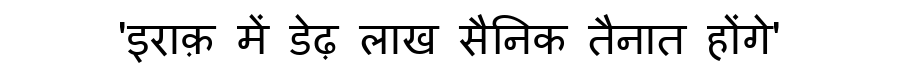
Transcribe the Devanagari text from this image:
'इराक़ में डेढ़ लाख सैनिक तैनात होंगे'